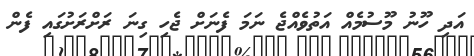
އަދި ހޫނު މޫސުމެއް އަތުވެއްޖެ ނަމަ ފެނަށް ޖެހި ގިނަ ރަށްރަށުގައި ފެން